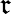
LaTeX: \mathfrak{r}